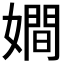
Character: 𡢃